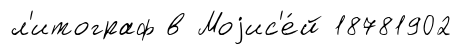
л'итограф в Моjис'е́й 18781902